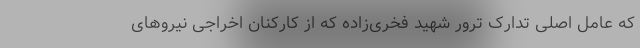
که عامل اصلی تدارک ترور شهید فخری‌زاده که از کارکنان اخراجی نیروهای